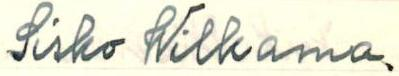
Sisko Wilkama.